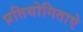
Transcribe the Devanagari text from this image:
प्रतियोगिताऐ